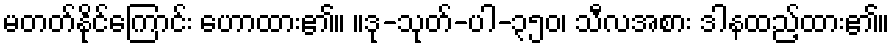
မတတ်နိုင်ကြောင်း ဟောထား၏။ ။ဒု-သုတ်-ပါ-၃၅၀၊ သီလအစား ဒါနထည့်ထား၏။